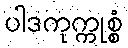
ပါဒကုက္ကုစ္စံ